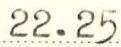
22.25